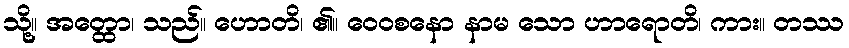
သို့။ အတ္ထော၊ သည်။ ဟောတိ၊ ၏။ ဝေဝစနော နာမ သော ဟာရောတိ၊ ကား။ တဿ